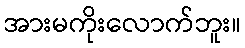
အားမကိုးလောက်ဘူး။